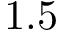
1 . 5